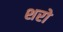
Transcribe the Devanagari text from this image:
शरो